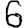
Digit: 6